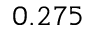
0 . 2 7 5